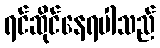
ရင်ဆိုင်နေရပါသည်